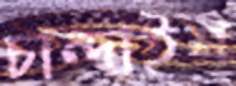
চান্দাইশ